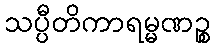
သပ္ပီတိကာရမ္မဏဉ္စ